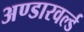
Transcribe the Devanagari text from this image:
अण्डारवर्ल्ड